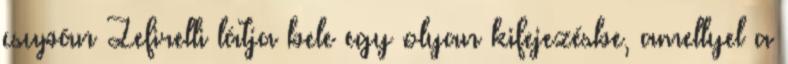
csupán Zefirelli látja bele egy olyan kifejezésbe, amellyel a